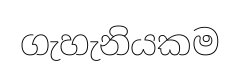
ගැහැනියකම